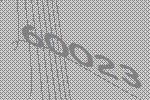
60023